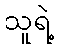
သူရဲ့